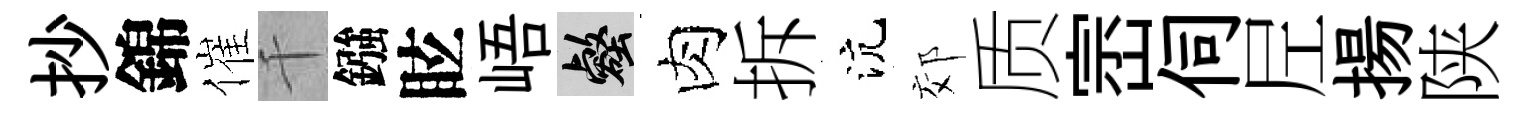
抄錦催千鏹眩峿壑肉拆沆郊质崈伺𡰱揚陕